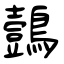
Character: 鷧